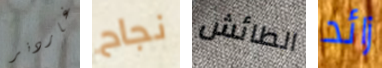
غاردنر نجاح الطائش زائد